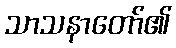
သာသနာတော်၏